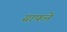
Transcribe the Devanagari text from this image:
ग्राफने